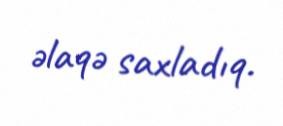
əlaqə saxladıq.